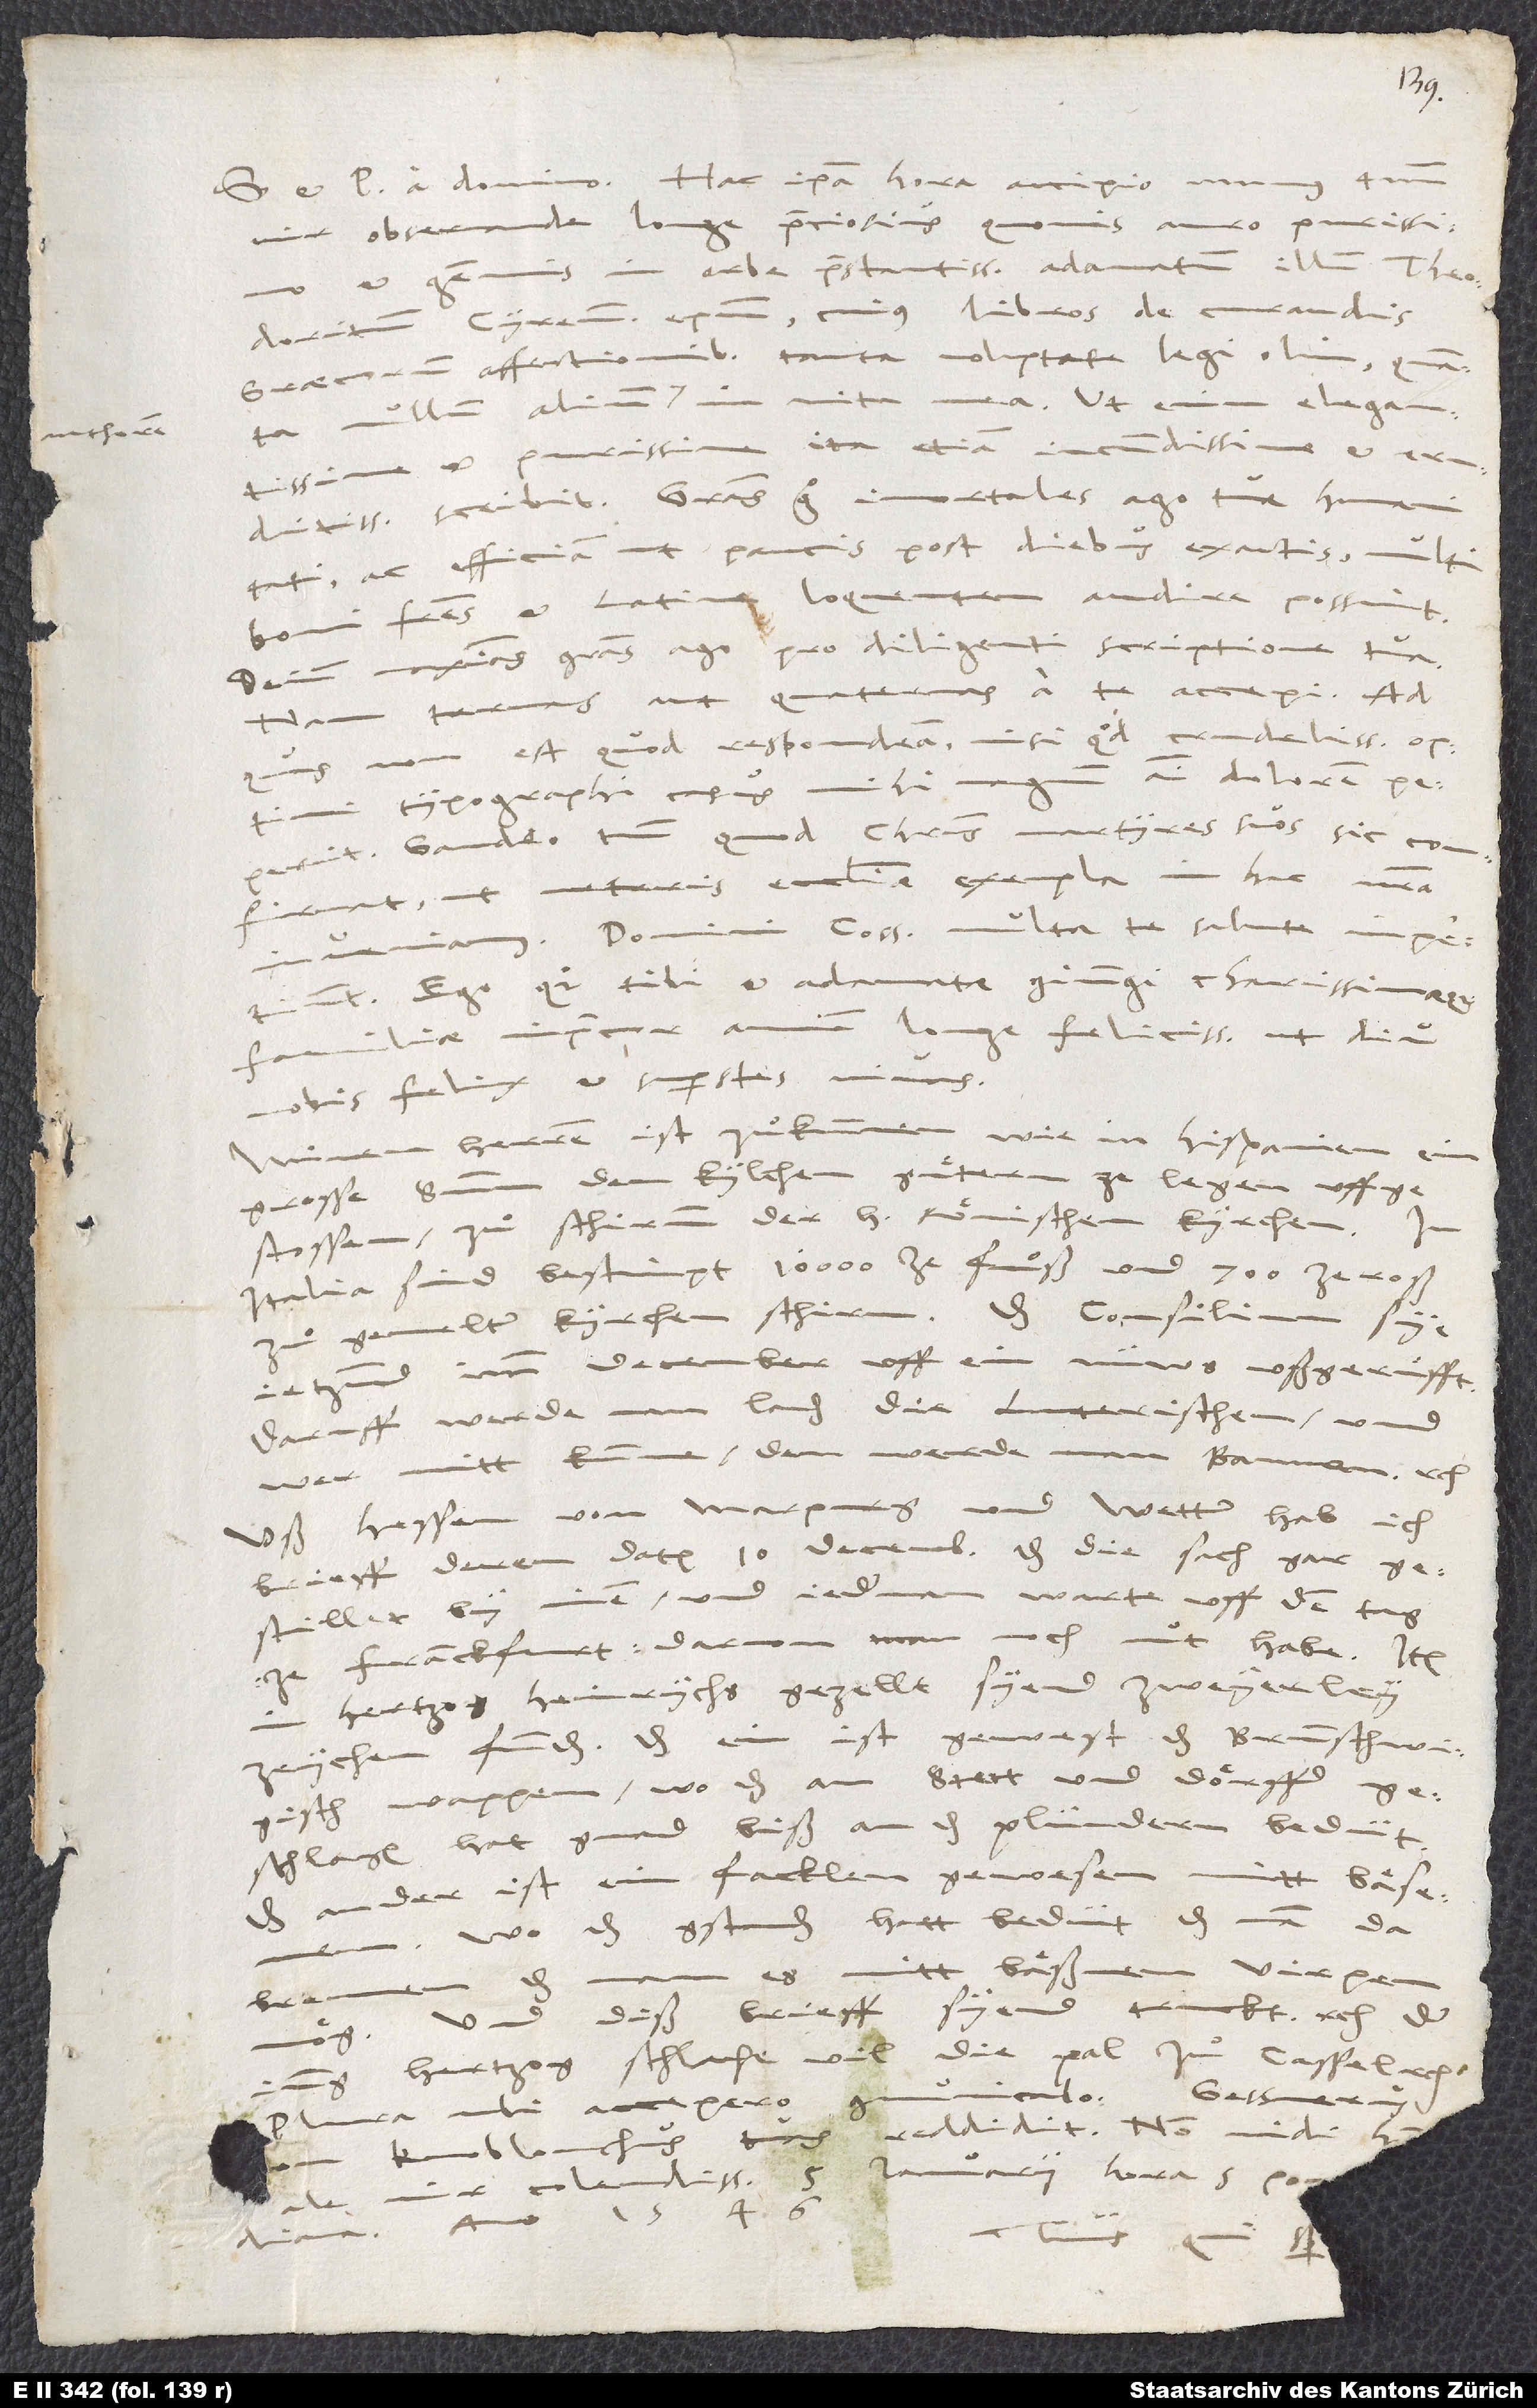
et pacem a domino. Hac ipsa hora accipio munus tuum,
auro purissimo
vir observande, longe preciosius quovis
gemmis in orbe praestantissimis, adamatum illum Theodoritum,
ac efficiam, ut paucis post diebus exactis multi
boni fratres et Latine loquentem audire possint.
Deinde maximas gratias ago pro diligenti scriptione tua;
nam ternas aut quaternas a te accepi, ad
non est quod respondeam, nisi quod crudelissimus optimi
typographi casus mihi magnum animi dolorem peperit.
Gaudeo tamen, quod Christus martyres suos sic confirmat,
ut veteris ecclesiae exempla in hac nostra
Domini consules multa te salute impertiunt.
Ego quoque tibi et adamatae coniugi charissimaeque
familiae imprecor annum longe felicissimus, ut diu
nobis felix est superstes vivas.
herren ist zuͦkummen, wie in Hispanien ein
grosse summ den kylchenguͤtern ze legen uffgestossen
zuͦ schirmm der h. römischen kyrchen. In
Italia sind bestimpt 10000 ze fuß und 700 ze roß
jetzund imm december uff ein nüws ußgeruͤfft;
daruff werde man laden die Luterischen, und
wer nitt kumme, den werde man bannen, etc.
Uß Hessen, von Marpurg und Wetter hab ich
brieff, deren datum 10. decembris, das die sach gar
gestillet by inen und jederman warte uff den tag
ze Franckfurt, darvon man noch nüt habe. Item
in hertzog Heinrychs gezellt syend zweyerley
zeychen funden: das ein ist gewest das brunschwigisch
wappen, - wo das an stett und dörffer
geschlagen, hat gnad biß an das plündern bedüt
das ander ist ein facklen gewesen mitt bäsemen,
wo das gestanden, hatt bedüt, das man da
es mitt bäßmen virpen
brennen,
und diß brieff syend truckt, etc. Der
hertzog schlacht vil die pal zuͦ Cassel,
Gessnerus,
ubi accepero, communicabo.
ianuarii hora 5. pomdiana
ale, vir colendissime.
anno 1546.